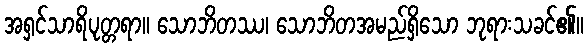
အရှင်သာရိပုတ္တရာ။ သောဘိတဿ၊ သောဘိတအမည်ရှိသော ဘုရားသခင်၏။